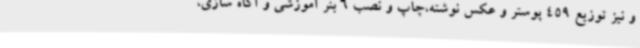
و نیز توزیع 459 پوستر و عکس نوشته،چاپ و نصب 6 بنر آموزشی و آگاه سازی،